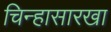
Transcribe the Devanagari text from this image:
चिन्हासारखा